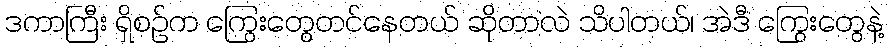
ဒကာကြီး ရှိစဉ်က ကြွေးတွေတင်နေတယ် ဆိုတာလဲ သိပါတယ်၊ အဲဒီ ကြွေးတွေနဲ့